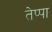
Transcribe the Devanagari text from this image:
तेप्पा